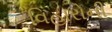
વિહારોની